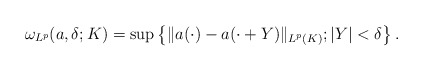
\begin{align*}\omega_{L^p}(a,\delta;K)=\sup\left\{\|a(\cdot)-a(\cdot+Y)\|_{L^p(K)}; |Y|<\delta\right\}.\end{align*}